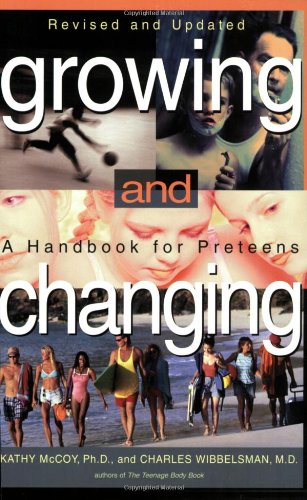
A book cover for Growing and Changing (Revised); Kathy McCoy; Teen & Young Adult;